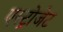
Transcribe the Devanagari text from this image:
एस्‍ट्रोजेट